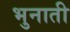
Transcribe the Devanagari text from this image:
भुनाती